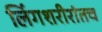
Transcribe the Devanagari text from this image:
लिंगशरीरांतच